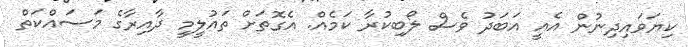
ކިޔަވައިދިނުން އެއީ އަބަދު ވެސް ލޯބިކުރާ ކަމެއް. އެގޮތަށް ތައުލީމީ ދާއިރާގެ މަސައްކަތް